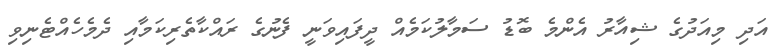
އަދި މިއަދުގެ ޝިއާރު އެންމެ ބޮޑު ސަމާލުކަމެއް ދީފައިވަނީ ފެނުގެ ރައްކާތެރިކަމާއި ދެމެހެއްޓެނިވި